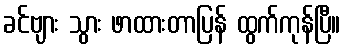
ခင်ဗျား သွား ဖာထားတာပြန် ထွက်ကုန်ပြီ။